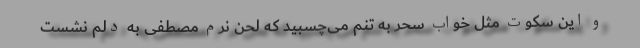
و این سکوت مثل خواب سحر به تنم می‌چسبید که لحن نرم مصطفی به دلم نشست